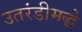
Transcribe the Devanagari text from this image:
उतरंडीमद्धे